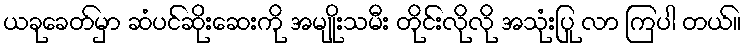
ယခုခေတ်မှာ ဆံပင်ဆိုးဆေးကို အမျိုးသမီး တိုင်းလိုလို အသုံးပြု လာ ကြပါ တယ်။